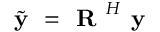
\tilde { \textbf { y } } = \textbf { R } ^ { H } \textbf { y }